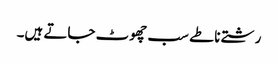
رشتے ناطے سب چھوٹ جاتے ہیں۔